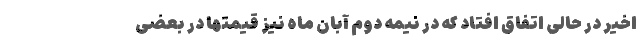
اخیر در حالی اتفاق افتاد که در نیمه دوم آبان ماه نیز قیمتها در بعضی